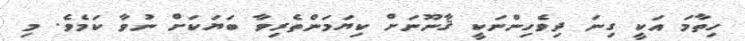
ހިތާމަ އަކީ ގިނަ ދިވެހިންނަކީ ޤާނޫނަށް ކިޔަމަންތެރިވާ ބަޔަކަށް ނުވާ ކަމެވެ. މި